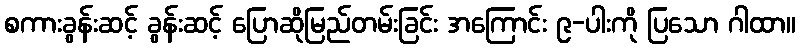
စကားခွန်းဆင့် ခွန်းဆင့် ပြောဆိုမြည်တမ်းခြင်း အကြောင်း ၉-ပါးကို ပြသော ဂါထာ။